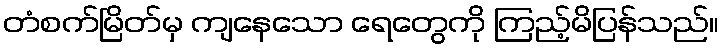
တံစက်မြိတ်မှ ကျနေသော ရေတွေကို ကြည့်မိပြန်သည်။